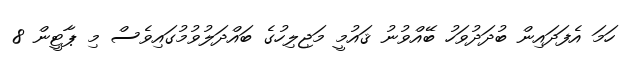
ހަމަ އެފަދައިން ބުދަދުވަހު ބޭއްވުނު ޤައުމީ މަޖިލިހުގެ ބައްދަލުވުމުގައިވެސް މި ޕާޓީން 8